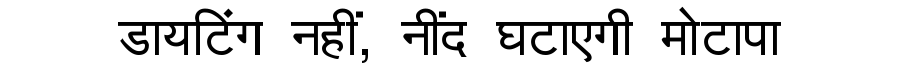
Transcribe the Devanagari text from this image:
डायटिंग नहीं, नींद घटाएगी मोटापा